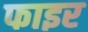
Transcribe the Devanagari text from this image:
फाइर